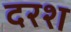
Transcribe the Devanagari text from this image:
दरश